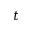
t